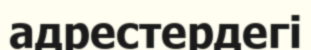
адрестердегі